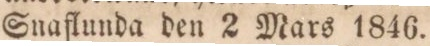
Snaflunda den 2 Mars 1846.